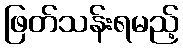
ဖြတ်သန်းရမည့်